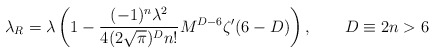
\begin{align*} \lambda_R =\lambda\left(1-\frac{(-1)^n\lambda^2}{4(2\sqrt{\pi})^D n!}M^{D-6}\zeta' (6-D) \right),\qquad D\equiv 2n>6\end{align*}